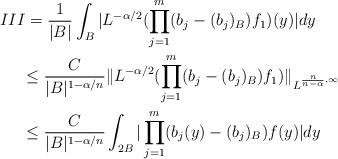
LaTeX: \begin{align*}&III=\frac{1}{|B|}\int_B|L^{-\alpha/2}(\prod\limits_{j=1}^m(b_j-(b_j)_B)f_1)(y)|dy\\&\ \ \ \ \leq \frac{C}{|B|^{1-\alpha/n}}\|L^{-\alpha/2}(\prod\limits_{j=1}^m(b_j-(b_j)_B)f_1)\|_{L^{\frac{n}{n-\alpha},\infty}}\\&\ \ \ \ \leq \frac{C}{|B|^{1-\alpha/n}}\int_{2B}|\prod\limits_{j=1}^m(b_j(y)-(b_j)_B)f(y)|dy\end{align*}